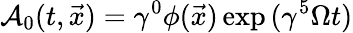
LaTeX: {\cal A}_{0}(t,\vec{x})=\gamma^{0}\phi(\vec{x})\exp{(\gamma^{5}\Omega t)}